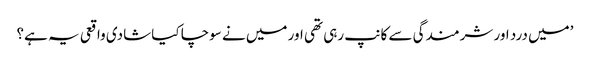
’میں درد اور شرمندگی سے کانپ رہی تھی اور میں نے سوچا کیا شادی واقعی یہ ہے؟